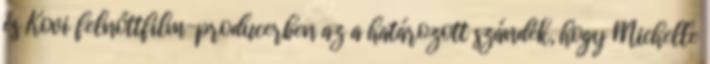
és Kovi felnőttfilm-producerben az a határozott szándék, hogy Michelle